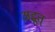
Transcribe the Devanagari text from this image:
अद्भुत्‌